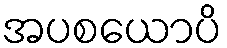
အပစယောပိ